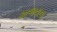
અજયના